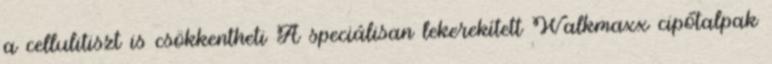
a cellulitiszt is csökkentheti A speciálisan lekerekített Walkmaxx cipőtalpak